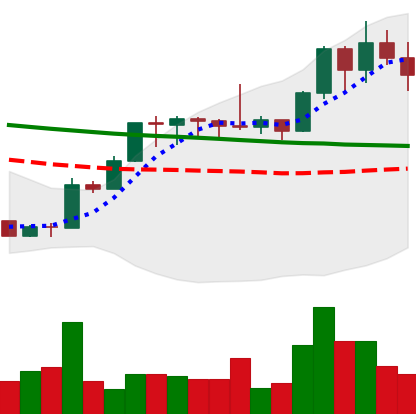
Ticker: XMR-USD
Chart end date: 2020-01-19
Forward return: -5.161%
Label: down_5_7